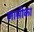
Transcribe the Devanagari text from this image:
लासीका